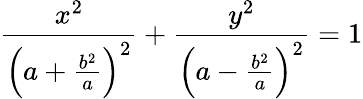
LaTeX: \frac{x^{2}}{\left(a+\frac{b^{2}}{a}\right)^{2}}+\frac{y^{2}}{\left(a-\frac{b^{2}}{a}\right)^{2}}=1